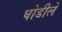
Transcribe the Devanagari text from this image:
घोडीले